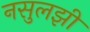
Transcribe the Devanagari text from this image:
नसुलझी